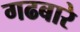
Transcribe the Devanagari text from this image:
गढबारे